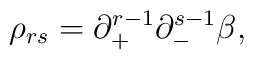
\rho_{rs} = \partial^{r-1}_+ \partial^{s-1}_- \beta,